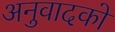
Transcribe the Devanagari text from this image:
अनुवादको